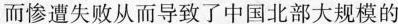
而惨遭失败从而导致了中国北部大规模的